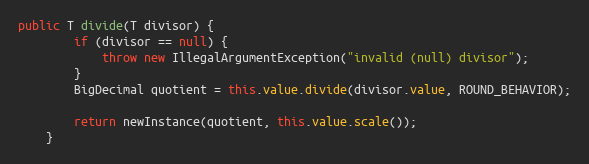
Language: Java
public T divide(T divisor) {
        if (divisor == null) {
            throw new IllegalArgumentException("invalid (null) divisor");
        }
        BigDecimal quotient = this.value.divide(divisor.value, ROUND_BEHAVIOR);

        return newInstance(quotient, this.value.scale());
    }